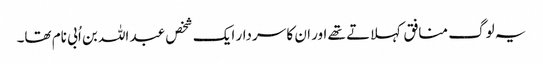
یہ لوگ منافق کہلاتے تھے اور ان کا سردار ایک شخص عبد اللہ بن اُبی نام تھا۔